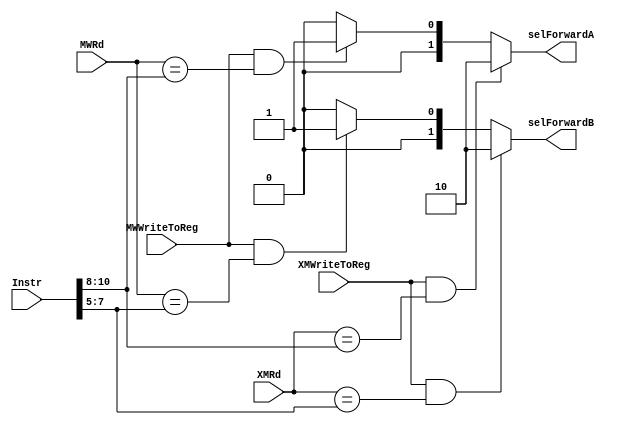
module forwarding_unit(
		//Inputs
		Instr,
		XMWriteToReg,
		XMRd,
		MWWriteToReg,
		MWRd,
		
		//Outputs
		selForwardA,
		selForwardB
		);

//Inputs
input [15:0] Instr;
input [2:0] XMRd, MWRd;
input XMWriteToReg, MWWriteToReg;

//Outputs
output [1:0] selForwardA, selForwardB;

wire [2:0] DXRs, DXRt;

assign DXRs = Instr[10:8];
assign DXRt = Instr[7:5];

assign selForwardA = (XMWriteToReg & (XMRd == DXRs)) ? 2'b10 :
					 (MWWriteToReg & (MWRd == DXRs)) ? 2'b01 : 2'b00;
			  

assign selForwardB = (XMWriteToReg  &(XMRd == DXRt)) ? 2'b10 :
					 (MWWriteToReg  & (MWRd == DXRt)) ? 2'b01 : 2'b00;

endmodule